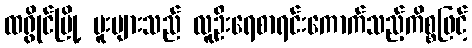
ထရွိုင်မြို့ ဗူးများသည် လူဦးရေစာရင်းကောက်သည့်ကိစ္စဖြင့်